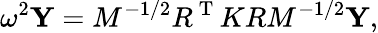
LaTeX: \omega^{2}\mathbf{Y}=M^{-1/2}R^{\mathrm{~T~}}KRM^{-1/2}\mathbf{Y},